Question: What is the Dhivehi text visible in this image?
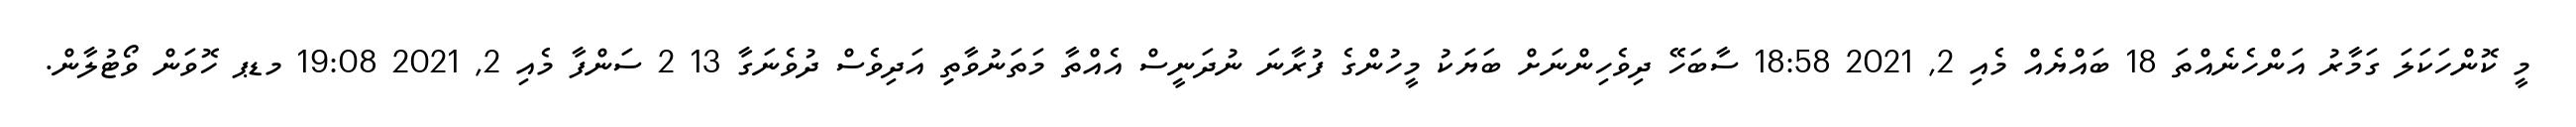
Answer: މީ ކޮންހަކަލަ ގަމާރު އަންހެނެއްތަ 18 ބައްޔެއް މެއި 2, 2021 18:58 ސާބަހޭ ދިވެހިންނަށް ބަޔަކު މީހުންގެ ފުރާނަ ނުދަނީސް އެއްތާ މަތަނުވާތިި އަދިވެސް ދުވެނަގާ 13 2 ސަންފާ މެއި 2, 2021 19:08 މޑޕ ހޮވަން ވޯޓުލާން.